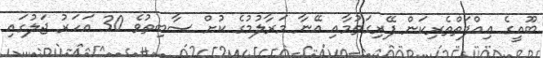
ބޫއީގެ ޢިއްފަތްތެރިކަން ފޭރިގަތުމާއި އޭނާ މަރާލުމުގެ ކުށް ސާބިތުވެ 30 އަހަރު ޖަލުގައި